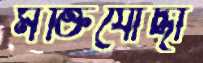
মক্তিযোদ্ধা